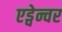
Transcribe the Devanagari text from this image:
एड्वेन्चर